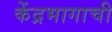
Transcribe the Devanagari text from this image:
केंद्रभागाची